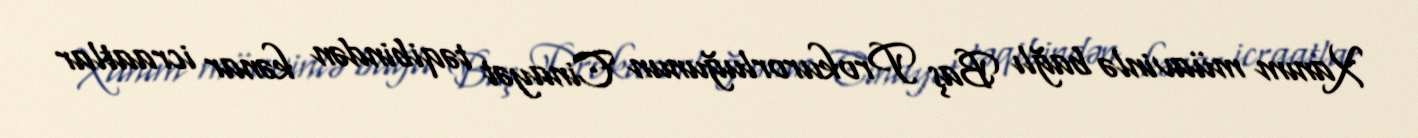
Xanım müavinlə bağlı Baş Prokurorluğunun Cinayət təqibindən kənar icraatlar